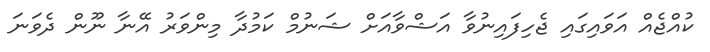
ކުއްޖެއް އަވައިގައި ޖެހިފައިނުވާ އަޝްވާއަށް ޝަނުމް ކަމުދާ މިންވަރު އޭނާ ނޫން ދެވަނަ